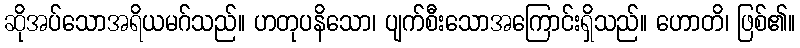
ဆိုအပ်သောအရိယမဂ်သည်။ ဟတုပနိသော၊ ပျက်စီးသောအကြောင်းရှိသည်။ ဟောတိ၊ ဖြစ်၏။